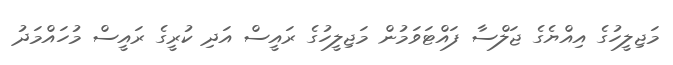
މަޖިލީހުގެ އިއްޔެގެ ޖަލްސާ ފައްޓަވަމުން މަޖިލީހުގެ ރައީސް އަދި ކުރީގެ ރައީސް މުހައްމަދު